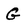
Character: G